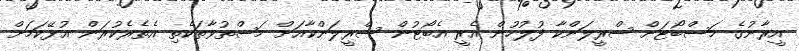
އީރާނުގެ މަސްބޯޓަށް ސްރީލަންކާ ފުލުހުން އެރީ އެބޯޓުން ސްރީލަންކާއަށް މަސްތުވާތަކެތި އެތެރެކުރަން އުޅޭކަމަށް